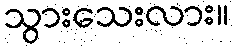
သွားသေးလား။